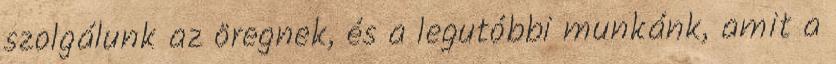
szolgálunk az öregnek, és a legutóbbi munkánk, amit a